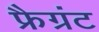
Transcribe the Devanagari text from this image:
फ्रैग्रंट